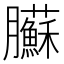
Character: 𦣑